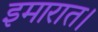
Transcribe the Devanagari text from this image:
इमारात।